Report on vaccination in Madras 1877-1894 - 1877-1894
Year: 1877
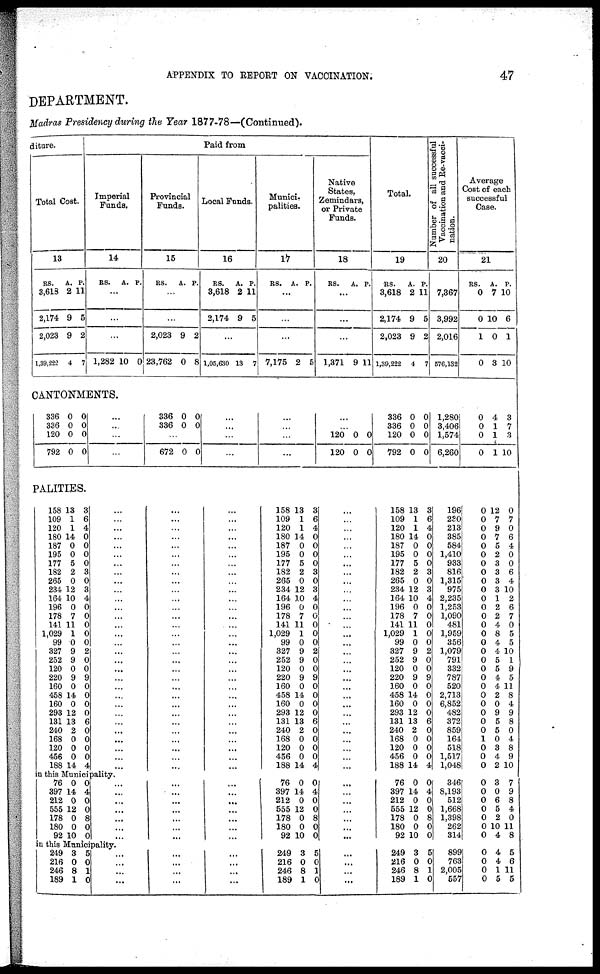
APPENDIX TO REPORT ON VACCINATION.
47
DEPARTMENT.
Madras Presidency during the Year 1877-78—(Continued).
diture.
Total Cost.
13
RS.
3,618
2,174
2,023
1,39,222
A.
2
9
9
4
P.
11
5
2
7
Paid from
Imperial
Funda.
14
RS.
A. P.
...
...
...
1,282 10 0
Provincial
Funds.
15
RS.
A. P.
...
...
2,023
23,762
9
0
2
8
Local Funds.
16
RS.
3,618
2,174
A.
2
9
P.
11
5
...
1,05,630 13
7
Munici-
palities.
17
RS.
A. P.
...
...
...
7,175 2 5
Native
States,
Zemindars,
or Private
Funds.
18
RS.
A. P.
...
...
...
1,371 9 11
Total.
19
RS.
3,618
2,174
2,023
1,39,222
A.
2
9
9
4
P.
11
5
2
7
Number of all successful
Vaccination and Re-vacci-
nation.
20
7,367
3,992
2,016
576,132
Average
Cost of each
successful
Case.
21
RS.
0
0
1
0
A.
7
10
0
3
P.
10
6
1
10
CANTONMENTS.
336
336
120
792
0
0
0
0
0
0
0
0
...
...
...
...
336
336
0
0
0
0
...
672 0 0
...
...
...
...
...
...
...
...
...
...
120
120
0
0 0
0
336
336
120
792
0
0
0
0
0
0
0
0
1,280
3,406
1,574
6,260
0
0
0
0
4
1
1
1
3
7
3
10
PALITIES.
158
109
120
180
187
195
177
182
265
234
164
196
178
141
1,029
99
327
252
120
220
160
458
160
293
131
240
168
120
456
188
13
1
1
14
0
0
5
2
0
12
10
0
7
11
1
0
9
9
0
9
0
14
0
12
13
2
0
0
0
14
3
6
4
0
0
0
0
3
0
3
4
0
0
0
0
0
2
0
0
9
0
0
0
0
6
0
0
0
0
4
...
...
...
...
...
...
...
...
...
...
...
...
...
...
...
...
...
...
...
...
...
...
...
...
...
...
...
...
...
...
...
...
...
...
...
...
...
...
...
...
...
...
...
...
...
...
...
...
...
...
...
...
...
...
...
...
...
...
...
...
...
...
...
...
...
...
...
...
...
...
...
...
...
...
...
...
...
...
...
...
...
...
...
...
...
...
...
...
...
...
158
109
120
180
187
195
177
182
265
234
164
196
178
141
1,029
99
327
252
120
220
160
458
160
293
131
240
168
120
456
188
13
1
1
14
0
0
5
2
0
12
10
0
7
11
1
0
9
9
0
9
0
14
0
12
13
2
0
0
0
14
3
6
4
0
0
0
0
3
0
3
4
0
0
0
0
0
2
0
0
9
0
0
0
0
6
0
0
0
0
4
...
...
...
...
...
...
...
...
...
...
...
...
...
...
...
...
...
...
...
...
...
...
...
...
...
...
...
...
...
...
158
109
120
180
187
195
177
182
265
234
164
196
178
141
1,029
99
327
252
120
220
160
458
160
293
131
240
168
120
456
188
13
1
1
14
0
0
5
2
0
12
10
0
7
11
1
0
9
9
0
9
0
14
0
12
13
2
0
0
0
14
3
6
4
0
0
0
0
3
0
3
4
0
0
0
0
0
2
0
0
9
0
0
0
0
6
0
0
0
0
4
196
230
213
385
584
1,410
933
816
1,315
975
2,235
1,253
1,090
481
1,959
356
1,079
791
332
787
520
2,713
6,852
482
372
859
164
518
1,517
1,048
0
0
0
0
0
0
0
0
0
0
0
0
0
0
0
0
0
0
0
0
0
0
0
0
0
0
1
0
0
0
12
7
9
7
5
2
3
3
3
3
1
2
2
4
8
4
4
5
5
4
4
2
0
9
5
5
0
3
4
2
0
7
0
6
4
0
0
6
4
10
2
6
7
0
5
5
10
1
9
5
11
8
4
9
8
0
4
8
9
10
in this Municipality.
76
397
212
555
178
180
92
0
14
0
12
0
0
10
0
4
0
0
8
0
0
...
...
...
...
...
...
...
...
...
...
...
...
...
...
...
...
...
...
...
...
...
76
397
212
555
178
180
92
0
14
0
12
0
0
10
0
4
0
0
8
0
0
...
...
...
...
...
...
...
76
397
212
555
178
180
92
0
14
0
12
0
0
10
0
4
0
0
8
0
0
346
8,193
512
1,668
1,398
262
314
0
0
0
0
0
0
0
3
0
6
5
2
10
4
7
9
8
4
0
11
8
in this Municipality.
249
216
246
189
3
0 8
1
5
0
1
0
...
...
...
...
...
...
...
...
...
...
...
...
249
216
246
189
3
0
8
1
5
0
1
0
...
...
...
...
249
216
246
189
3
0
8
1
5
0
1
0
899
763
2,005
557
0
0
0
0
4
4
1
5
5
6
11
5